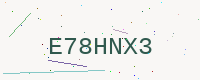
Text: E78HNX3